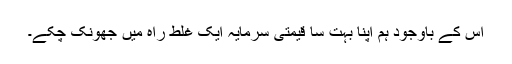
اس کے باوجود ہم اپنا بہت سا قیمتی سرمایہ ایک غلط راہ میں جھونک چکے۔